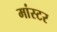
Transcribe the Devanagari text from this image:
मांस्टर